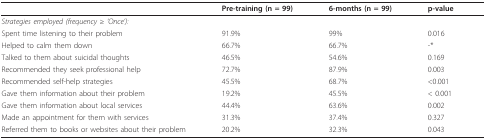
<table><thead><tr><td></td><td><b>Pre-training (n = 99)</b></td><td><b>6-months (n = 99)</b></td><td><b>p-value</b></td></tr></thead><tbody><tr><td><i>Strategies employed (frequency ≥ &#x27;Once&#x27;):</i></td><td></td><td></td><td></td></tr><tr><td>Spent time listening to their problem</td><td>91.9%</td><td>99%</td><td>0.016</td></tr><tr><td>Helped to calm them down</td><td>66.7%</td><td>66.7%</td><td>-*</td></tr><tr><td>Talked to them about suicidal thoughts</td><td>46.5%</td><td>54.6%</td><td>0.169</td></tr><tr><td>Recommended they seek professional help</td><td>72.7%</td><td>87.9%</td><td>0.003</td></tr><tr><td>Recommended self-help strategies</td><td>45.5%</td><td>68.7%</td><td>&lt;0.001</td></tr><tr><td>Gave them information about their problem</td><td>19.2%</td><td>45.5%</td><td>&lt; 0.001</td></tr><tr><td>Gave them information about local services</td><td>44.4%</td><td>63.6%</td><td>0.002</td></tr><tr><td>Made an appointment for them with services</td><td>31.3%</td><td>37.4%</td><td>0.327</td></tr><tr><td>Referred them to books or websites about their problem</td><td>20.2%</td><td>32.3%</td><td>0.043</td></tr></tbody></table>